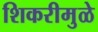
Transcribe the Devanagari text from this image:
शिकरीमुळे